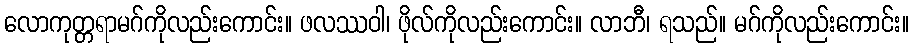
လောကုတ္တရာမဂ်ကိုလည်းကောင်း။ ဖလဿဝါ၊ ဖိုလ်ကိုလည်းကောင်း။ လာဘီ၊ ရသည်။ မဂ်ကိုလည်းကောင်း။